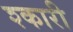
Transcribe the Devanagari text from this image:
श्कारी